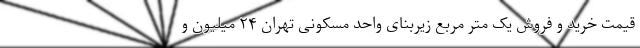
قیمت خرید و فروش یک متر مربع زیربنای واحد مسکونی تهران ۲۴ میلیون و